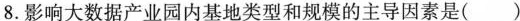
8.影响大数据产业园内基地类型和规模的主导因素是()